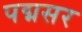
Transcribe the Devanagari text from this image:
पद्मसर